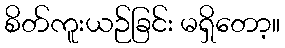
စိတ်ကူးယဉ်ခြင်း မရှိတော့။